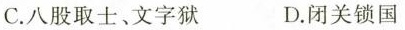
C.八股取士、文字狱 D.闭关锁国